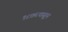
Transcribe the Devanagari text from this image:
१८७६पासून